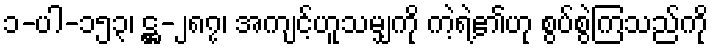
၁-ပါ-၁၅၃၊ ဋ္ဌ-၂၈၇၊ အကျင့်ဟူသမျှကို ကဲ့ရဲ့၏ဟု စွပ်စွဲကြသည်ကို